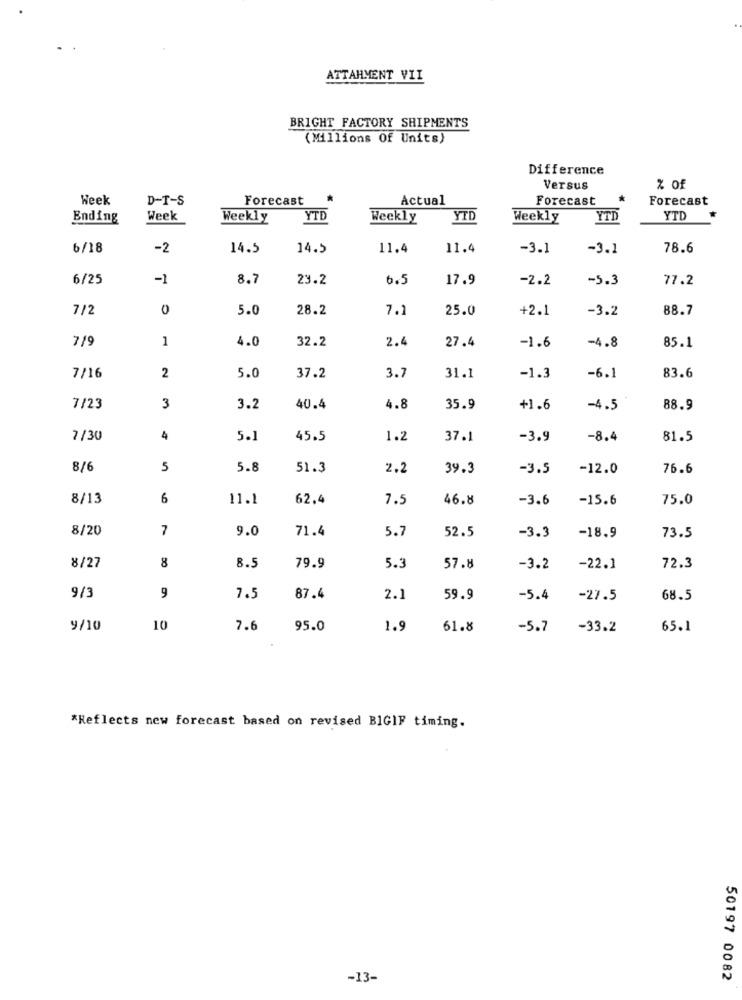
ATTAHMENT VII
BRIGHT FACTORY SHIPMENTS
(Millions Of Units)
Difference
Versus
% of
Week
D-T-S
Forecast
*
Actual
Forecast
Forecast
Ending
Week
Weekly
YTD
Weekly
YTD
Weekly
YTD
YTD
6/18
-2
14.5
14.5
11.4
11.4
-3.1
-3.1
78.6
6/25
-1
8.7
23.2
6.5
17.9
-2.2
-5.3
77.2
7/2
0
5.0
28.2
7.1
25.0
+2.1
-3.2
88.7
7/9
1
4.0
32.2
2.4
27.4
-1.6
-4.8
85.1
83.6
7/16
2
5.0
37.2
3.7
31.1
-1.3
-6.1
7/23
3
3.2
40.4
4.8
35.9
+1.6
-4.5
88.9
7/30
4
5.1
45.5
1.2
37.1
-3.9
-8.4
81.5
8/6
5
5.8
51.3
2.2
39.3
-3.5
-12.0
76.6
8/13
6
11.1
62,4
7.5
46.8
-3.6
-15.6
75.0
8/20
7
9.0
71.4
5.7
52.5
-18.9
-3.3
73.5
8/27
8
8.5
79.9
5.3
57.8
-3.2
-22.1
72.3
9/3
9
7.5
87.4
2.1
59.9
-5.4
-27.5
68.5
9/10
10
7.6
95.0
1.9
61.8
-5.7
-33.2
65.1
*Reflects new forecast based on revised BIGIF timing.
-13-
50197 0082